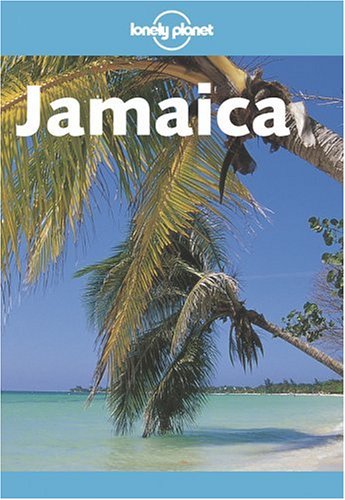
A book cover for Lonely Planet Jamaica; Christopher P. Baker; Travel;